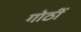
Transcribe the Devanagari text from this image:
गोठीं